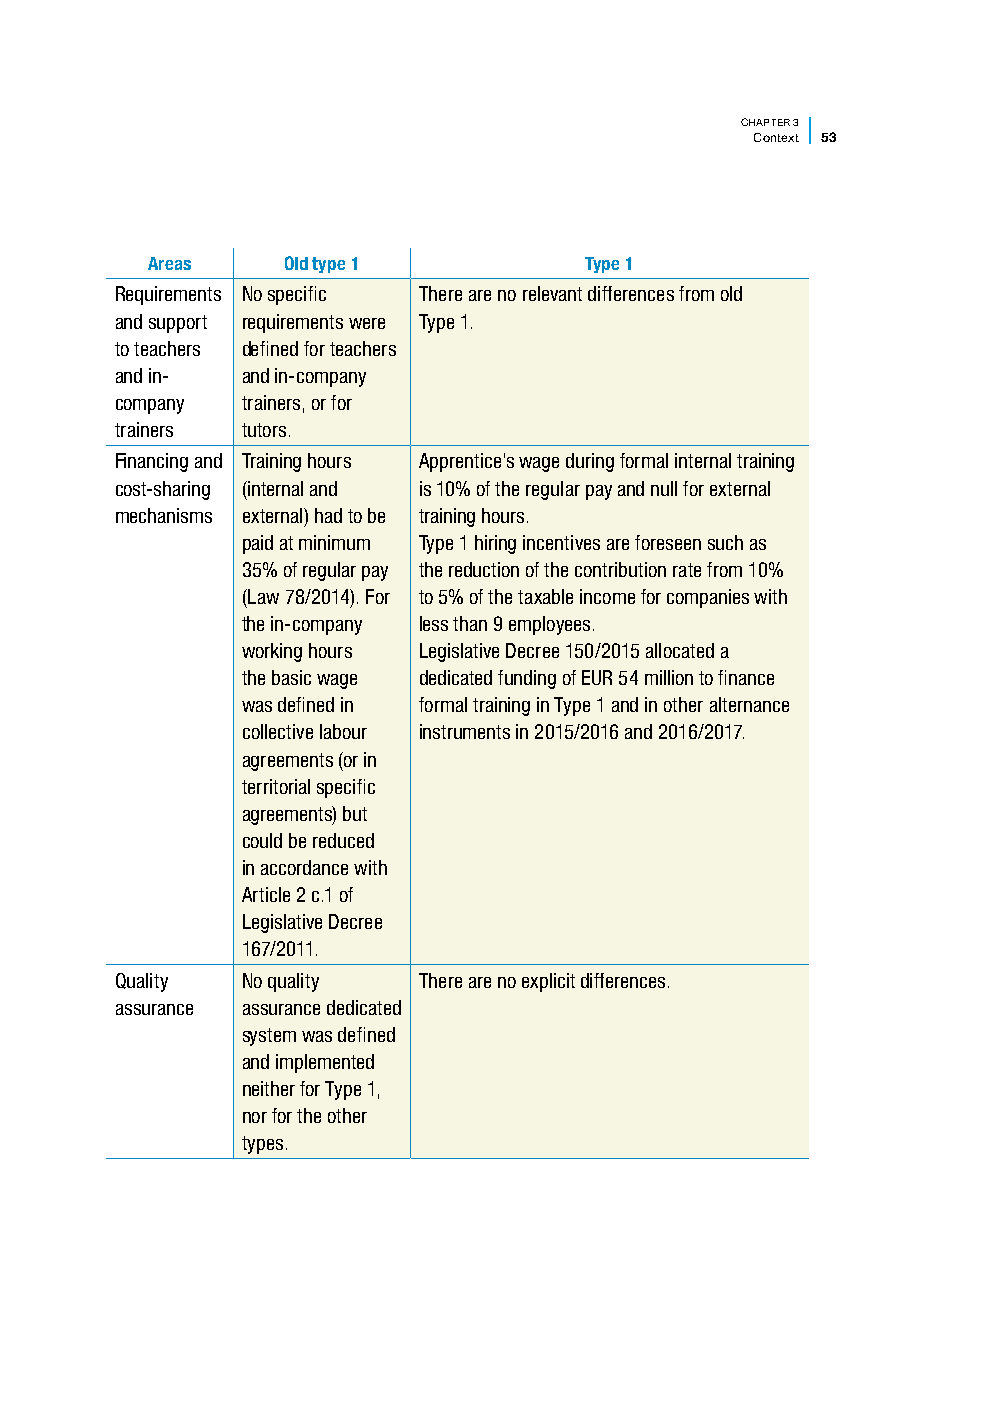
CHAPTER 3
 Context 53
 Areas    Old type 1          Type 1
 Requirements No specific There are no relevant differences from old
 and support requirements were Type 1.
 to teachers defined for teachers
 and in- and in-company
 company trainers, or for
 trainers tutors.
 Financing and Training hours Apprentice’s wage during formal internal training
 cost-sharing (internal and is 10% of the regular pay and null for external
 mechanisms external) had to be training hours.
 paid at minimum Type 1 hiring incentives are foreseen such as
 35% of regular pay the reduction of the contribution rate from 10%
 (Law 78/2014). For to 5% of the taxable income for companies with
 the in-company less than 9 employees.
 working hours Legislative Decree 150/2015 allocated a
 the basic wage dedicated funding of EUR 54 million to finance
 was defined in formal training in Type 1 and in other alternance
 collective labour instruments in 2015/2016 and 2016/2017.
 agreements (or in
 territorial specific
 agreements) but
 could be reduced
 in accordance with
 Article 2 c.1 of
 Legislative Decree
 167/2011.
 Quality No quality  There are no explicit differences.
 assurance assurance dedicated
 system was defined
 and implemented
 neither for Type 1,
 nor for the other
 types.